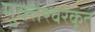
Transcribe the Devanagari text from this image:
मुक्तेश्वरकृत